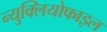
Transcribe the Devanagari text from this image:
न्युक्लियोफाइल